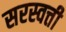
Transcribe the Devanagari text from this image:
सरस्वत्ती